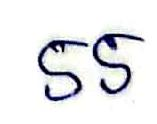
55